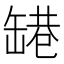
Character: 𬙑